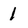
Character: 1